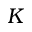
K